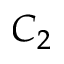
C _ { 2 }